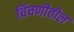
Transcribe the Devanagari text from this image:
चिंचणीतील